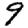
Digit: 9